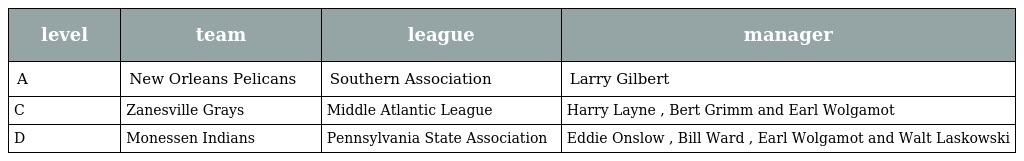
| level | team | league | manager |
 | --- | --- | --- | --- |
 | A | New Orleans Pelicans | Southern Association | Larry Gilbert |
 | C | Zanesville Grays | Middle Atlantic League | Harry Layne , Bert Grimm and Earl Wolgamot |
 | D | Monessen Indians | Pennsylvania State Association | Eddie Onslow , Bill Ward , Earl Wolgamot and Walt Laskowski |